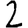
Digit: 2